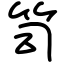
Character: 笥